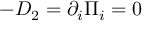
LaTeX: - D _ { 2 } = \partial _ { i } \Pi _ { i } = 0